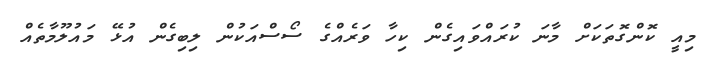
މިއީ ކޮންގޮތަކަށް މާނަ ކުރައްވައިގެން ކިހާ ވަރެއްގެ ސޯސްއަކުން ލިބިގެން އުޅޭ މައުލޫމާތެއް